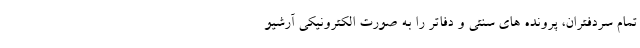
تمام سردفتران، پرونده های سنتی و دفاتر را به صورت الکترونیکی آرشیو